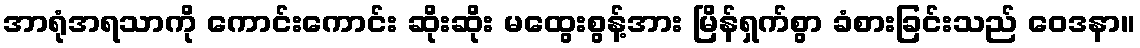
အာရုံအရသာကို ကောင်းကောင်း ဆိုးဆိုး မထွေးစွန့်အား မြိန်ရှက်စွာ ခံစားခြင်းသည် ဝေဒနာ။